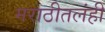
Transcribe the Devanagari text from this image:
मराठीतलंही